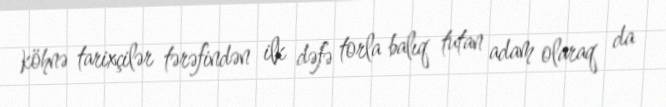
köhnə tarixçilər tərəfindən ilk dəfə torla balıq tutan adam olaraq da